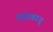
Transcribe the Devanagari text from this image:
दयावान्